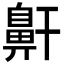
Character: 鼾